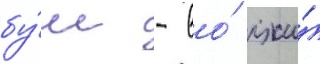
бу́ш - во́ лжи́